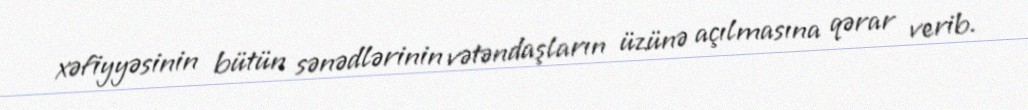
xəfiyyəsinin bütün sənədlərinin vətəndaşların üzünə açılmasına qərar verib.